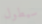
سيطول